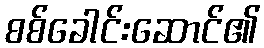
စစ်ခေါင်းဆောင်၏